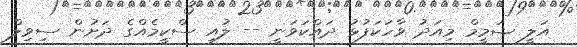
އަލީ ޝަމީމް މިއަދު ވާހަކަފުޅު ދައްކަވަނީ -- ލުއި ސްކީމެއްގެ ދަށުން ސިވިލް